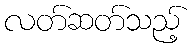
လတ်ဆတ်သည့်